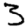
Digit: 3